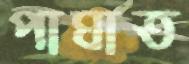
পাঘাত